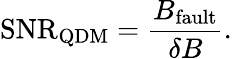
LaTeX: \textrm{SNR}_{\textrm{QDM}}=\frac{B_{\textrm{fault}}}{\delta B}.